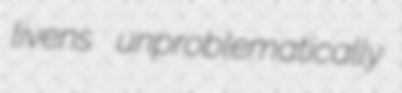
livens unproblematically